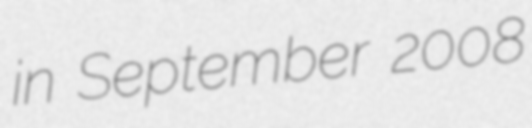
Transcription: in September 2008